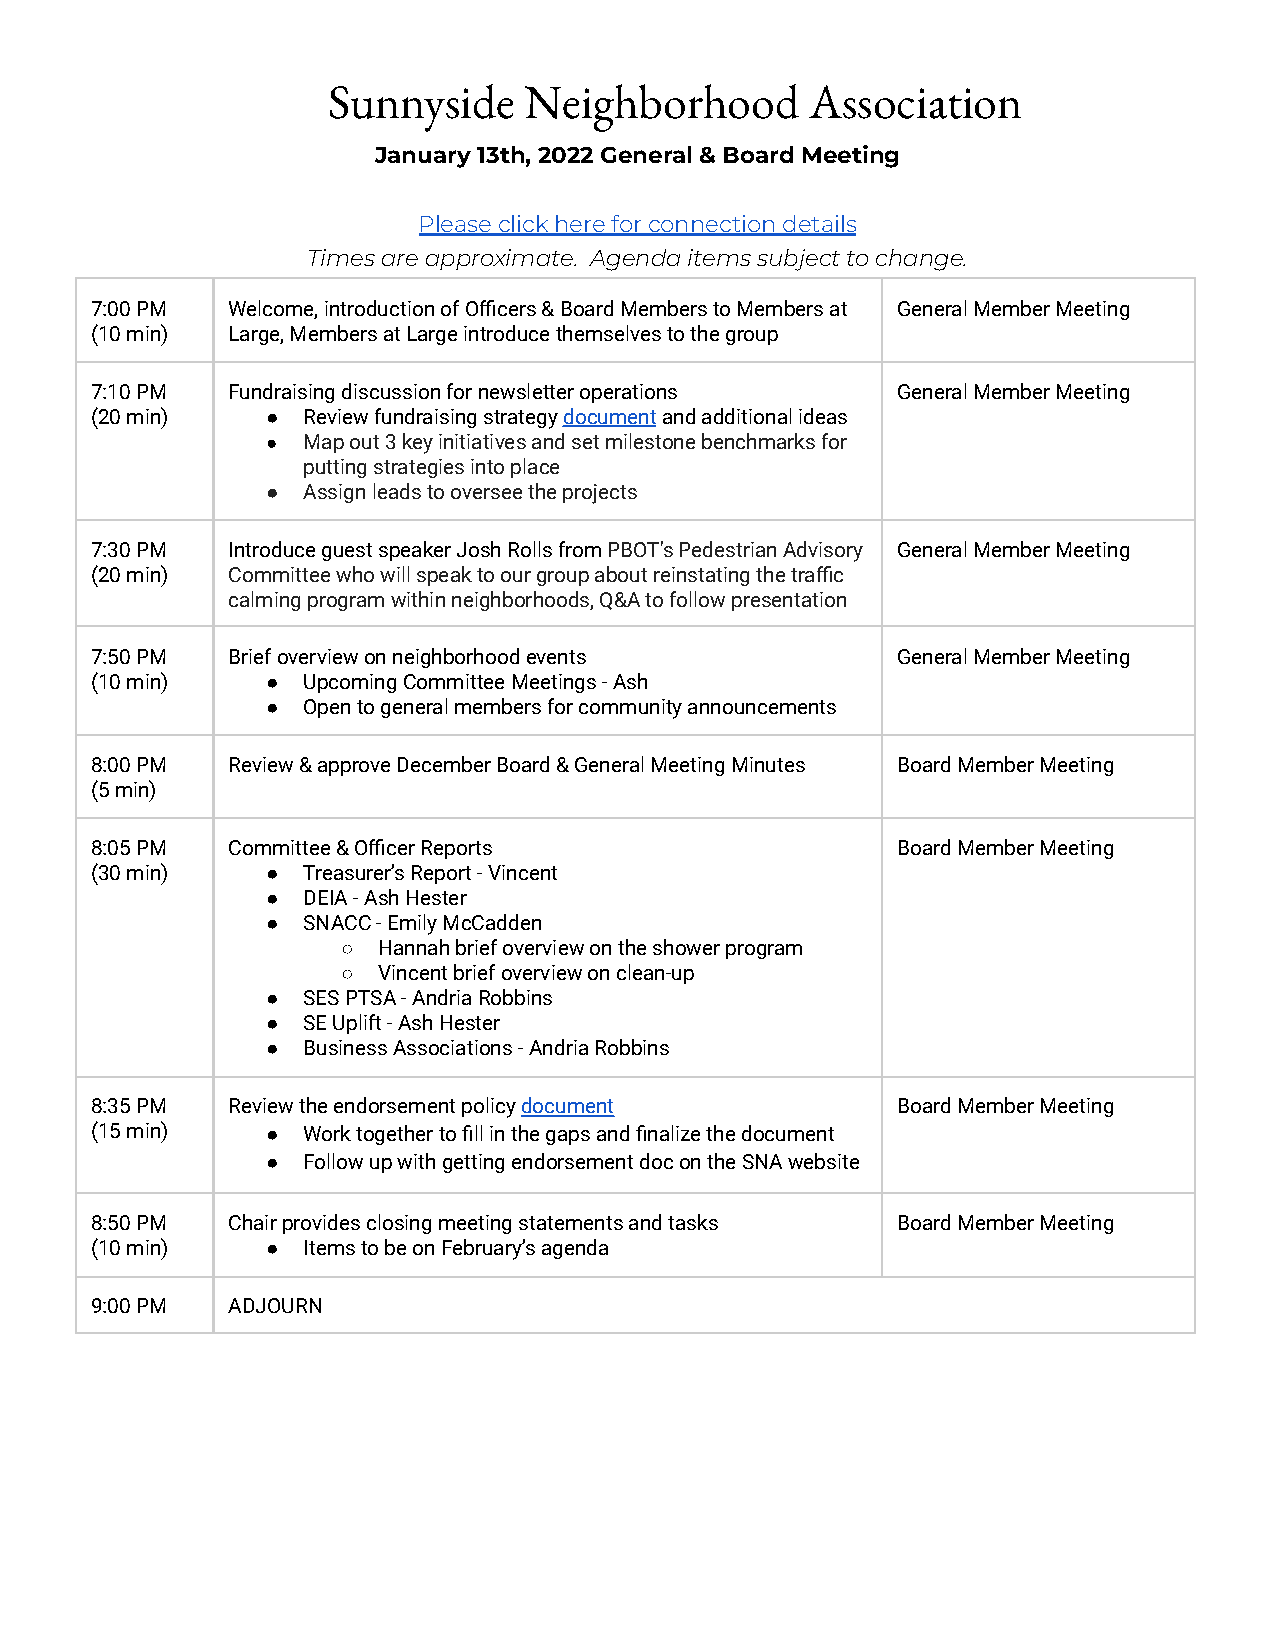
Sunnyside    Neighborhood       Association
 January 13th, 2022 General & Board Meeting
 Please click here for connection details
 Times are approximate. Agenda items subject to change.
 7:00 PM  Welcome, introduction of Officers & Board Members to Members at General Member Meeting
 (10 min) Large, Members at Large introduce themselves to the group
 7:10 PM  Fundraising discussion for newsletter operations General Member Meeting
 (20 min)    ● Review fundraising strategydocumentand additionalideas
 ● Map out 3 key initiatives and set milestone benchmarks for
 putting strategies into place
 ● Assign leads to oversee the projects
 7:30 PM  Introduce guest speaker Josh Rolls fromPBOT's PedestrianAdvisory General Member Meeting
 (20 min) Committee who will speak to our group about reinstating the traffic
 calming program within neighborhoods, Q&A to follow presentation
 7:50 PM  Brief overview on neighborhood events       General Member Meeting
 (10 min)    ● Upcoming Committee Meetings - Ash
 ● Open to general members for community announcements
 8:00 PM  Review & approve December Board & General Meeting Minutes Board Member Meeting
 (5 min)
 8:05 PM  Committee & Officer Reports                 Board Member Meeting
 (30 min)    ● Treasurer’s Report - Vincent
 ● DEIA - Ash Hester
 ● SNACC - Emily McCadden
 ○ Hannah brief overview on the shower program
 ○ Vincent brief overview on clean-up
 ● SES PTSA - Andria Robbins
 ● SE Uplift - Ash Hester
 ● Business Associations - Andria Robbins
 8:35 PM  Review the endorsement policydocument       Board Member Meeting
 (15 min)    ● Work together to fill in the gaps and finalize the document
 ● Follow up with getting endorsement doc on the SNA website
 8:50 PM  Chair provides closing meeting statements and tasks Board Member Meeting
 (10 min)    ● Items to be on February’s agenda
 9:00 PM  ADJOURN